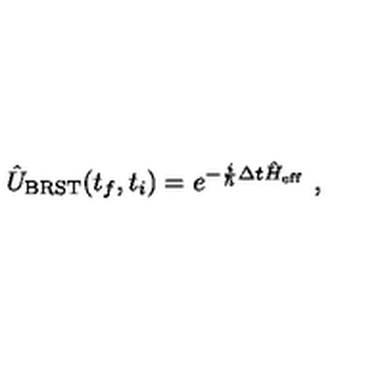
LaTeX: \hat { U } _ { \mathrm { B R S T } } ( t _ { f } , t _ { i } ) = e ^ { - \frac { i } { \hbar } \Delta t \hat { H } _ { \mathrm { e f f } } } \ ,